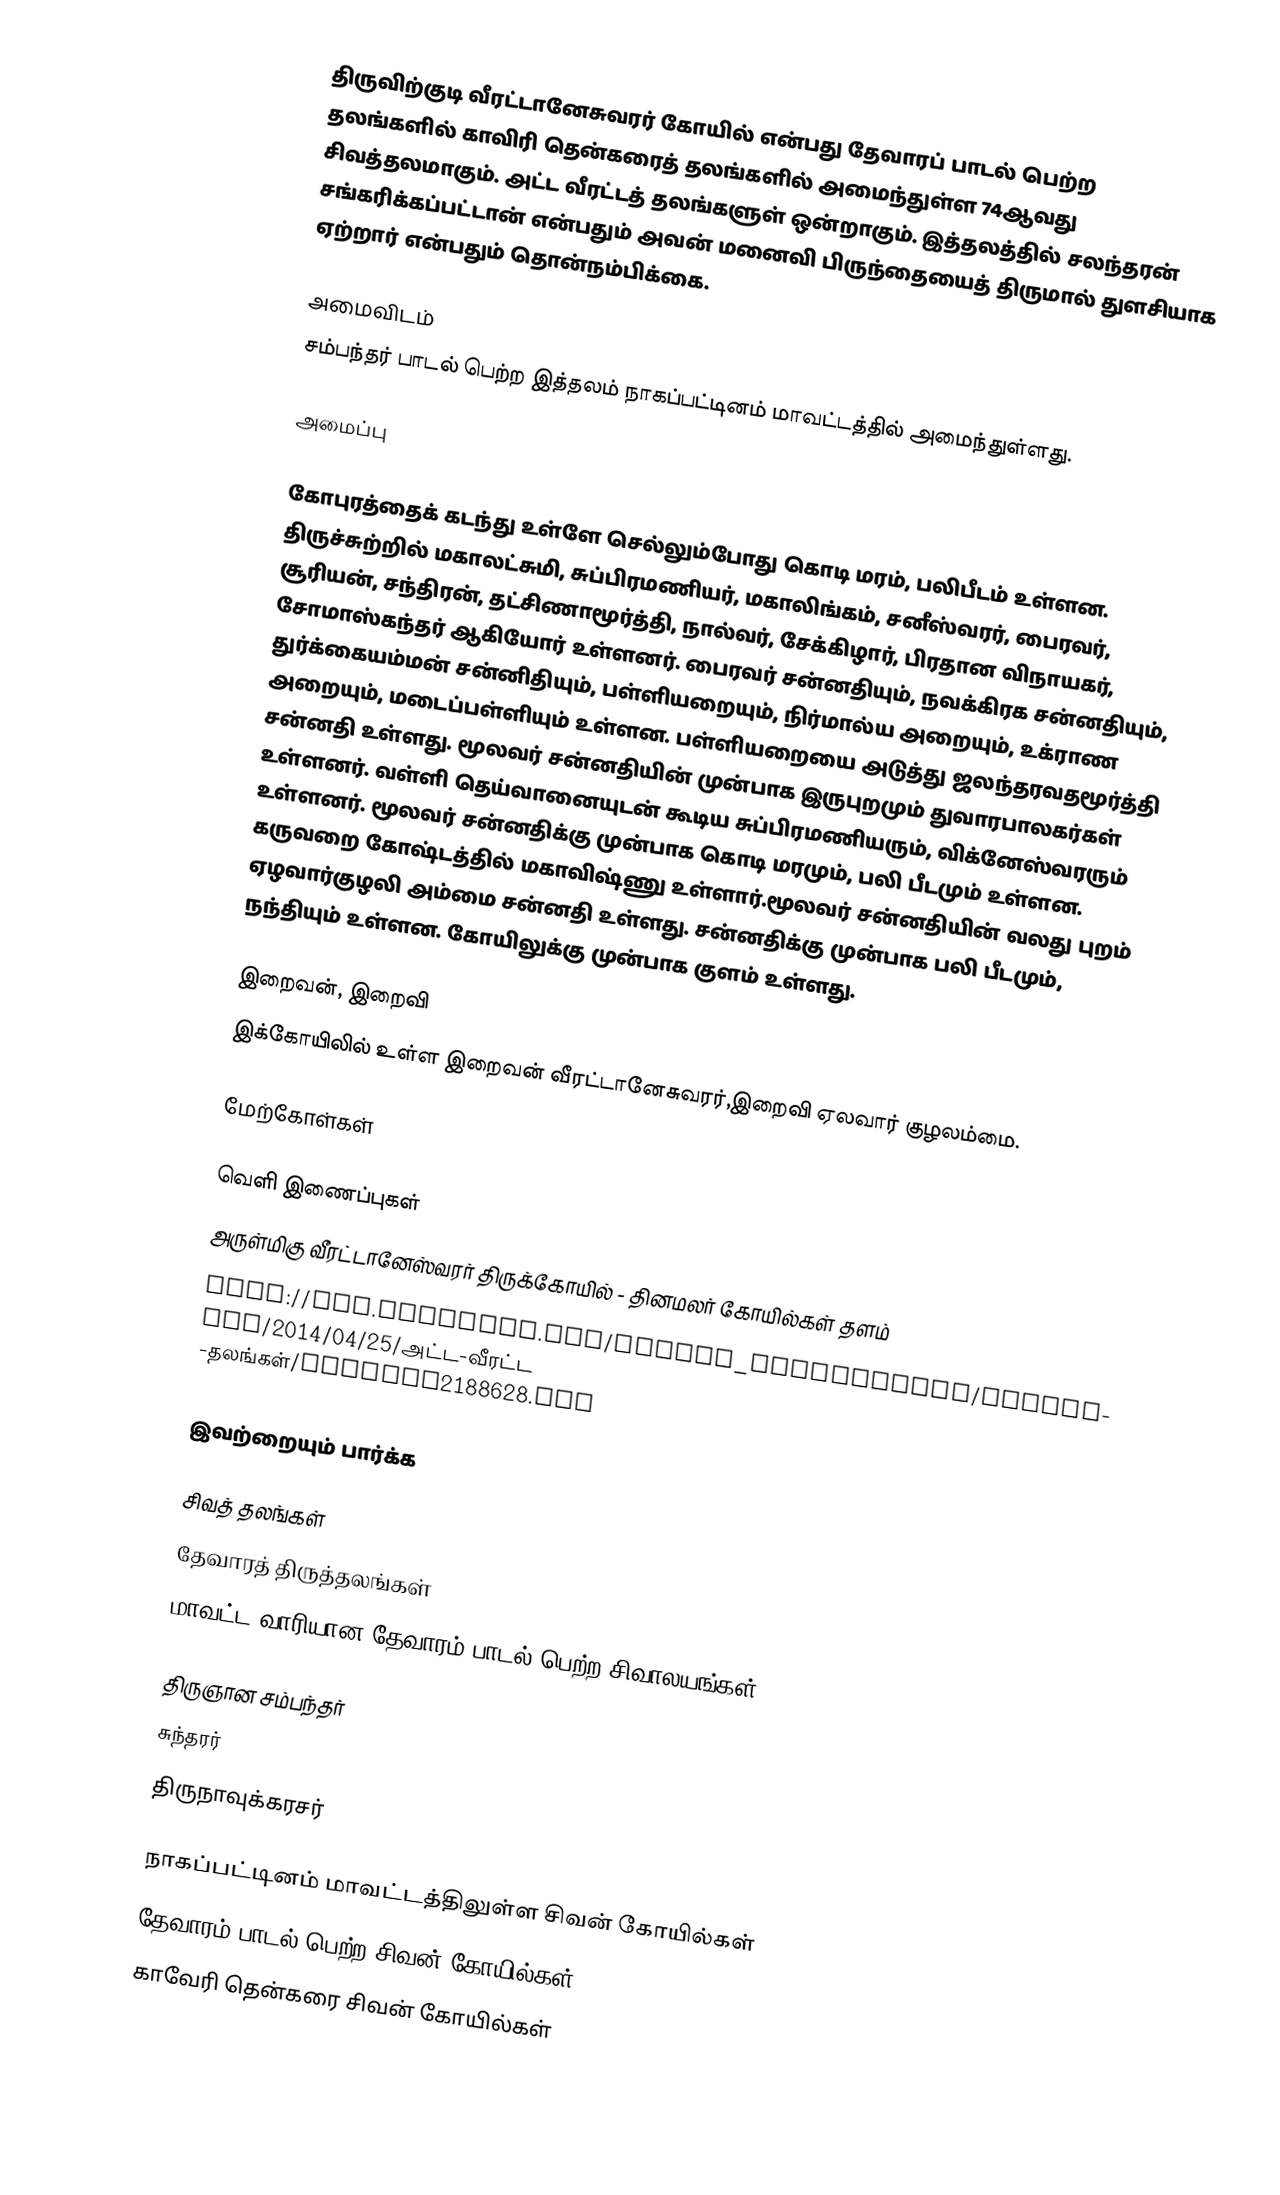
திருவிற்குடி வீரட்டானேசுவரர் கோயில் என்பது தேவாரப் பாடல் பெற்ற தலங்களில் காவிரி தென்கரைத் தலங்களில் அமைந்துள்ள 74ஆவது சிவத்தலமாகும். அட்ட வீரட்டத் தலங்களுள் ஒன்றாகும். இத்தலத்தில் சலந்தரன் சங்கரிக்கப்பட்டான் என்பதும் அவன் மனைவி பிருந்தையைத் திருமால் துளசியாக ஏற்றார் என்பதும் தொன்நம்பிக்கை.

அமைவிடம்
சம்பந்தர் பாடல் பெற்ற இத்தலம் நாகப்பட்டினம் மாவட்டத்தில் அமைந்துள்ளது.

அமைப்பு

கோபுரத்தைக் கடந்து உள்ளே செல்லும்போது கொடி மரம், பலிபீடம் உள்ளன. திருச்சுற்றில் மகாலட்சுமி, சுப்பிரமணியர், மகாலிங்கம், சனீஸ்வரர், பைரவர், சூரியன், சந்திரன், தட்சிணாமூர்த்தி,  நால்வர், சேக்கிழார், பிரதான விநாயகர், சோமாஸ்கந்தர் ஆகியோர் உள்ளனர். பைரவர் சன்னதியும், நவக்கிரக சன்னதியும், துர்க்கையம்மன் சன்னிதியும், பள்ளியறையும், நிர்மால்ய அறையும், உக்ராண அறையும், மடைப்பள்ளியும் உள்ளன. பள்ளியறையை அடுத்து ஜலந்தரவதமூர்த்தி சன்னதி உள்ளது. மூலவர் சன்னதியின் முன்பாக இருபுறமும் துவாரபாலகர்கள் உள்ளனர். வள்ளி தெய்வானையுடன் கூடிய சுப்பிரமணியரும், விக்னேஸ்வரரும் உள்ளனர். மூலவர் சன்னதிக்கு முன்பாக கொடி மரமும், பலி பீடமும் உள்ளன. கருவறை கோஷ்டத்தில் மகாவிஷ்ணு உள்ளார்.மூலவர் சன்னதியின் வலது புறம் ஏழவார்குழலி அம்மை சன்னதி உள்ளது.  சன்னதிக்கு முன்பாக பலி பீடமும், நந்தியும் உள்ளன. கோயிலுக்கு முன்பாக குளம் உள்ளது.

இறைவன், இறைவி
இக்கோயிலில் உள்ள இறைவன் வீரட்டானேசுவரர்,இறைவி ஏலவார் குழலம்மை.

மேற்கோள்கள்

வெளி இணைப்புகள்
அருள்மிகு வீரட்டானேஸ்வரர் திருக்கோயில் - தினமலர் கோயில்கள் தளம்
 http://www.dinamani.com/weekly_supplements/vellimani/2014/04/25/அட்ட-வீரட்ட -தலங்கள்/article2188628.ece

இவற்றையும் பார்க்க

 சிவத் தலங்கள்
 தேவாரத் திருத்தலங்கள்
 மாவட்ட வாரியான தேவாரம் பாடல் பெற்ற சிவாலயங்கள்

 திருஞான சம்பந்தர்
 சுந்தரர்
 திருநாவுக்கரசர்

நாகப்பட்டினம் மாவட்டத்திலுள்ள சிவன் கோயில்கள்
தேவாரம் பாடல் பெற்ற சிவன் கோயில்கள்
காவேரி தென்கரை சிவன் கோயில்கள்